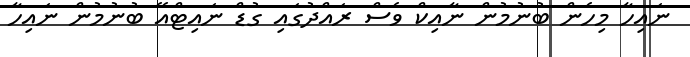
ނައިހާ މިހެން ބުނުމުން ނާއިކް ވެސް ރައްދުގައި ގުޑް ނައިޓްއޭ ބުނުމުން ނައިހާ